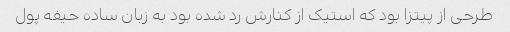
طرحی از پیتزا بود که استیک از کنارش رد شده بود به زبان ساده حیفه پول